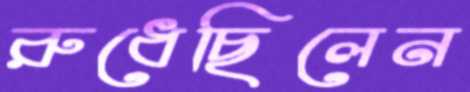
রুধেছিলেন